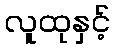
လူထုနှင့်